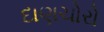
દાણચોરો